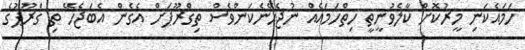
ހަމައެކަނި މީރުކޮށް ކާލެވުނީތީ ހިތްހަމައެއް ނުޖެހޭނެކަންވެސް ތިގްރޫޕަށް އެގެން އެބަޖެހޭ ތި ގްރޫޕުގެ